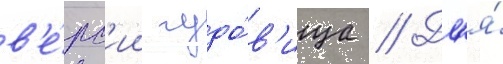
в'е́рс'ии чудо́в'ища // Дл'я́